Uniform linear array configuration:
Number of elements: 24
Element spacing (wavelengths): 1
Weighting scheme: blackman
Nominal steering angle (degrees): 0
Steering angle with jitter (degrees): -1.346
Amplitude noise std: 0.05
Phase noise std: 0.05

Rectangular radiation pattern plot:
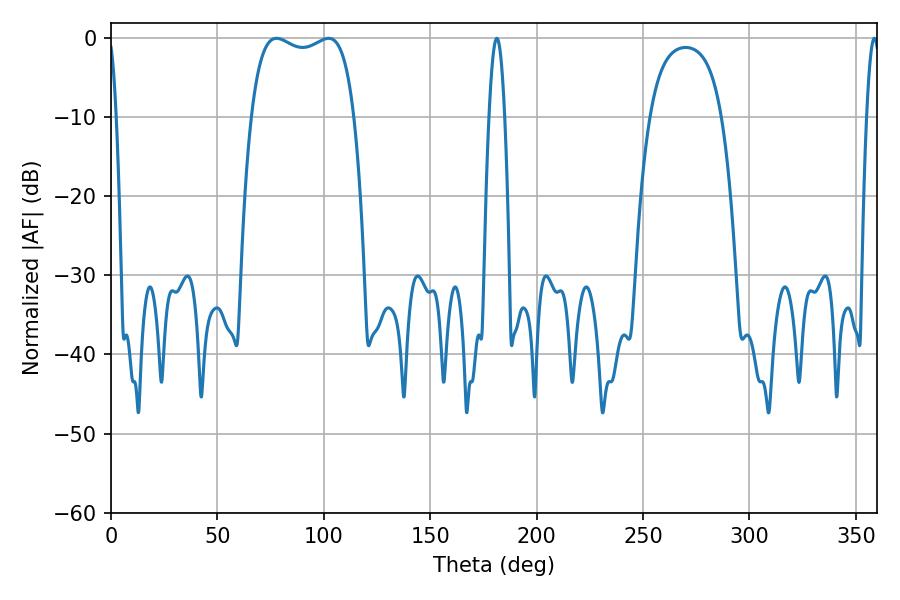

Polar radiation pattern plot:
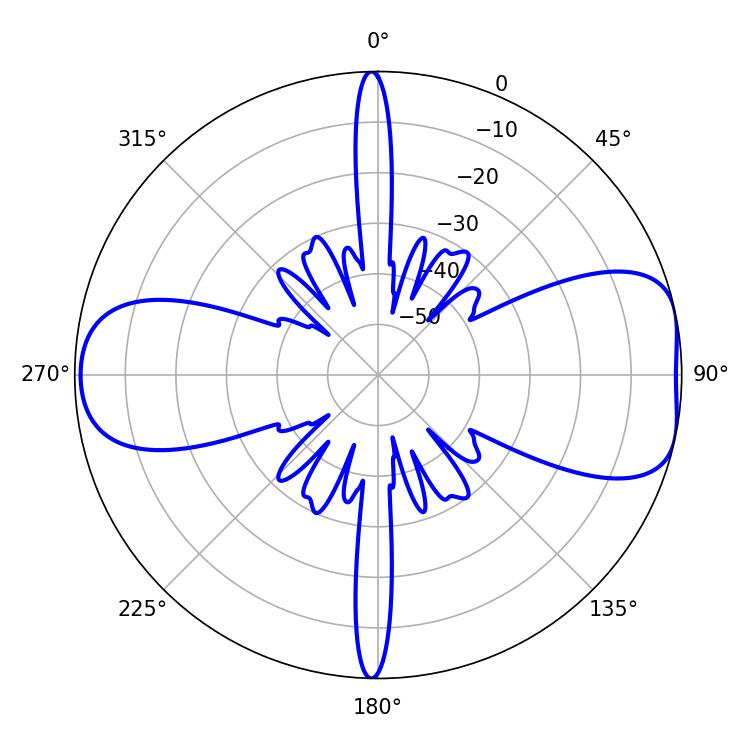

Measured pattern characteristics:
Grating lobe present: TRUE
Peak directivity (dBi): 8.003
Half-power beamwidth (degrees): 39.24
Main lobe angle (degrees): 77.76